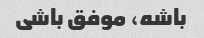
باشه، موفق باشی